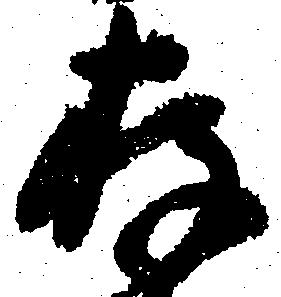
存